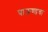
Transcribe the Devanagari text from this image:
पाऊण्डचा